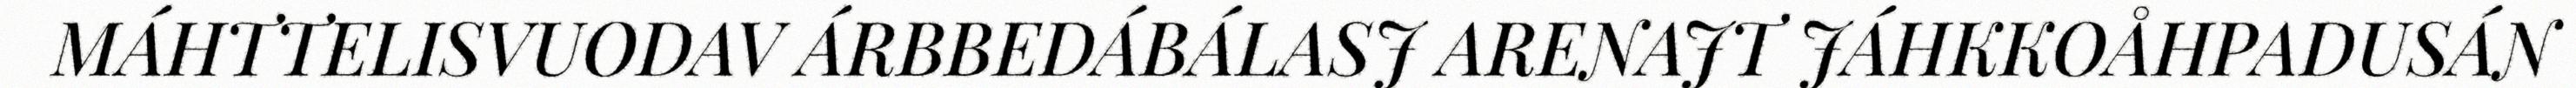
MÁHTTELISVUODAV ÁRBBEDÁBÁLASJ ARENAJT JÁHKKOÅHPADUSÁN